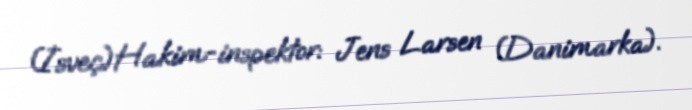
(İsveç)Hakim-inspektor: Jens Larsen (Danimarka).